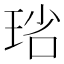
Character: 𤥮